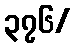
၃၇၆/